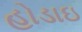
હોડાઇ